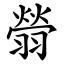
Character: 䎕